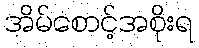
အိမ်စောင့်အစိုးရ